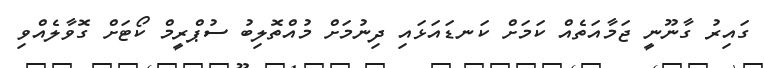
ގައިރު ގާނޫނީ ޖަމާއަތެއް ކަމަށް ކަނޑައަޅައި ދިނުމަށް މުއްތޮލިބު ސުޕްރީމް ކޯޓަށް ގޮވާލެއްވި